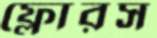
ফ্লোরস